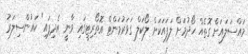
މައްސަލައަށް ގޮތެއް ހޯދުމަށް ލަފައަކަށް ލޯކަލް ގަވަރުމަންޓް އޮތޯރިޓީގައި ވާނީ އެދިފައި" ކައުންސިލަރު